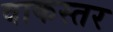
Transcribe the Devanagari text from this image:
वाकस्तर